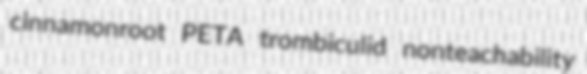
cinnamonroot PETA trombiculid nonteachability